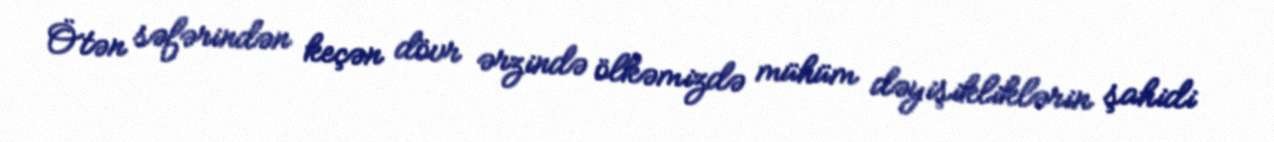
Ötən səfərindən keçən dövr ərzində ölkəmizdə mühüm dəyişikliklərin şahidi